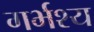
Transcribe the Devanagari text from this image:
गर्भश्य